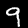
Digit: 9